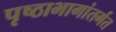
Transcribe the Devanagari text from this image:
पृष्ठाभागांतर्गत